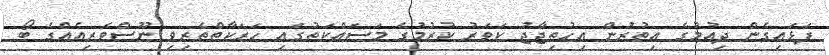
ފަޅައިގެން ދިއުމުގެ އިތުރުން އިހުތިޖާޖު ކަވަރު ކުރުމުގެ މަސައްކަތުގައި ހަރަކާތްތެރިވި ނޫސްވެރިއެއްގެ ބޯ